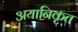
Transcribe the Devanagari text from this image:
अयानिकृत